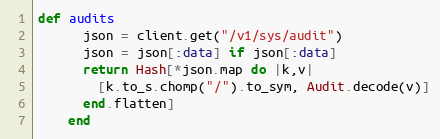
Language: Ruby
def audits
      json = client.get("/v1/sys/audit")
      json = json[:data] if json[:data]
      return Hash[*json.map do |k,v|
        [k.to_s.chomp("/").to_sym, Audit.decode(v)]
      end.flatten]
    end